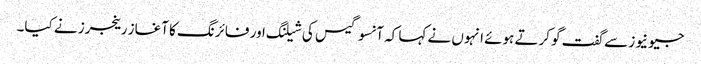
جیو نیوز سے گفت گو کرتے ہوئے انہوں نے کہا کہ آنسو گیس کی شیلنگ اور فائرنگ کا آغاز رینجرز نے کیا۔